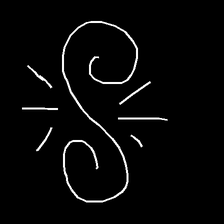
Glyph: wind-directs-air